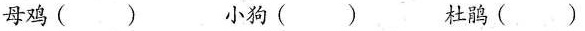
母鸡( ) 小狗( ) 杜鹃( )